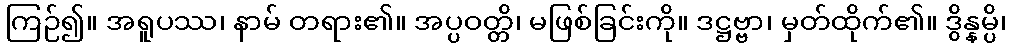
ကြဉ်၍။ အရူပဿ၊ နာမ် တရား၏။ အပ္ပဝတ္တိ၊ မဖြစ်ခြင်းကို။ ဒဋ္ဌဗ္ဗာ၊ မှတ်ထိုက်၏။ ဒွိန္နမ္ပိ၊